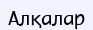
Алқалар